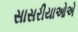
સાસરીયાઓએ